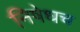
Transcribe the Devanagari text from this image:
निषेधच